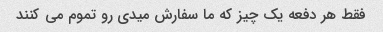
فقط هر دفعه یک چیز که ما سفارش میدی رو تموم مى کنند